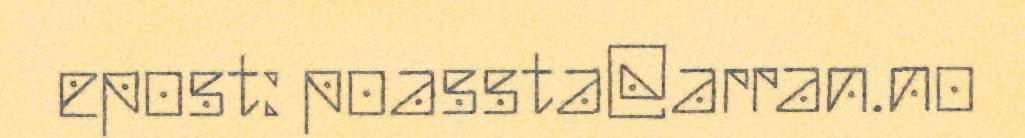
epost: poassta@arran.no